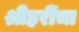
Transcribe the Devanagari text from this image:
श्रीहरींचा